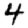
Digit: 4